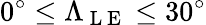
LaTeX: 0^{\circ}\le\Lambda_{\mathrm{~L~E~}}\le 30^{\circ}